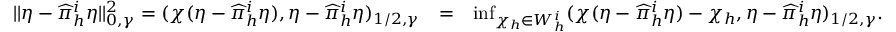
\begin{array} { r l r } { | | \eta - \widehat \pi _ { h } ^ { i } \eta | | _ { 0 , \gamma } ^ { 2 } = ( \chi ( \eta - \widehat \pi _ { h } ^ { i } \eta ) , \eta - \widehat \pi _ { h } ^ { i } \eta ) _ { 1 / 2 , \gamma } } & { = } & { \operatorname* { i n f } _ { \chi _ { h } \in W _ { h } ^ { i } } ( \chi ( \eta - \widehat \pi _ { h } ^ { i } \eta ) - \chi _ { h } , \eta - \widehat \pi _ { h } ^ { i } \eta ) _ { 1 / 2 , \gamma } . } \end{array}